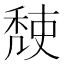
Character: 𥟹